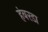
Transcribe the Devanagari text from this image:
हंबरडा